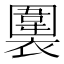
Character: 𧝖